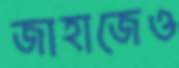
জাহাজেও